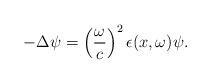
LaTeX: \begin{align*}-\Delta\psi=\left(\frac{\omega}{c}\right)^2\epsilon(x,\omega)\psi.\end{align*}